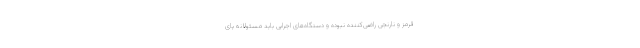
قرمز و نارنجی راضی‌کننده نبوده و دستگاه‌های اجرایی باید مسئولانه پای